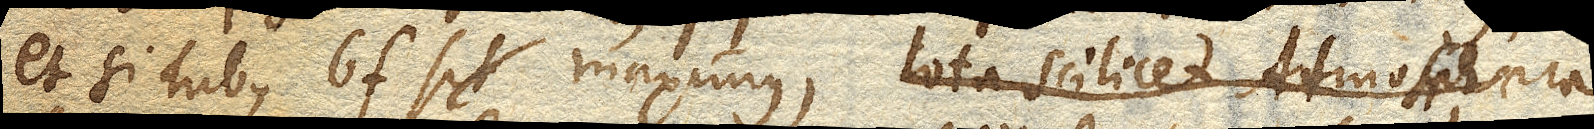
et si tubus bf sit maximus, tot scilicet Atmosphaera